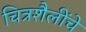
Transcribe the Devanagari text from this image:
चित्रशैलींचे